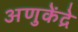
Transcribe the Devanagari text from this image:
अणुकेंद्रे